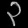
Digit: ၃